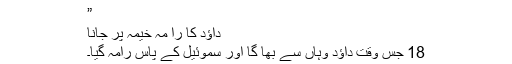
”
داؤد کا را مہ خیمہ پر جانا
18 جس وقت داؤد وہاں سے بھا گا اور سموئیل کے پاس رامہ گیا۔